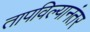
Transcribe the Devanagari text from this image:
तापविल्यानंतर